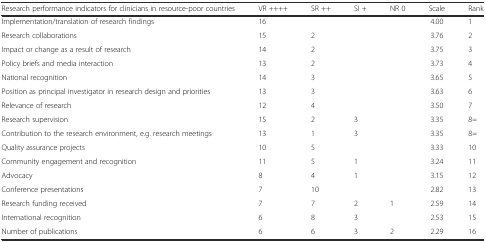
<table><thead><tr><td><b>Research performance indicators for clinicians in resource-poor countries</b></td><td><b>VR ++++</b></td><td><b>SR ++</b></td><td><b>SI +</b></td><td><b>NR 0</b></td><td><b>Scale</b></td><td><b>Rank</b></td></tr></thead><tbody><tr><td>Implementation/translation of research findings</td><td>16</td><td></td><td></td><td></td><td>4.00</td><td>1</td></tr><tr><td>Research collaborations</td><td>15</td><td>2</td><td></td><td></td><td>3.76</td><td>2</td></tr><tr><td>Impact or change as a result of research</td><td>14</td><td>2</td><td></td><td></td><td>3.75</td><td>3</td></tr><tr><td>Policy briefs and media interaction</td><td>13</td><td>2</td><td></td><td></td><td>3.73</td><td>4</td></tr><tr><td>National recognition</td><td>14</td><td>3</td><td></td><td></td><td>3.65</td><td>5</td></tr><tr><td>Position as principal investigator in research design and priorities</td><td>13</td><td>3</td><td></td><td></td><td>3.63</td><td>6</td></tr><tr><td>Relevance of research</td><td>12</td><td>4</td><td></td><td></td><td>3.50</td><td>7</td></tr><tr><td>Research supervision</td><td>15</td><td>2</td><td>3</td><td></td><td>3.35</td><td>8=</td></tr><tr><td>Contribution to the research environment, e.g. research meetings</td><td>13</td><td>1</td><td>3</td><td></td><td>3.35</td><td>8=</td></tr><tr><td>Quality assurance projects</td><td>10</td><td>5</td><td></td><td></td><td>3.33</td><td>10</td></tr><tr><td>Community engagement and recognition</td><td>11</td><td>5</td><td>1</td><td></td><td>3.24</td><td>11</td></tr><tr><td>Advocacy</td><td>8</td><td>4</td><td>1</td><td></td><td>3.15</td><td>12</td></tr><tr><td>Conference presentations</td><td>7</td><td>10</td><td></td><td></td><td>2.82</td><td>13</td></tr><tr><td>Research funding received</td><td>7</td><td>7</td><td>2</td><td>1</td><td>2.59</td><td>14</td></tr><tr><td>International recognition</td><td>6</td><td>8</td><td>3</td><td></td><td>2.53</td><td>15</td></tr><tr><td>Number of publications</td><td>6</td><td>6</td><td>3</td><td>2</td><td>2.29</td><td>16</td></tr></tbody></table>